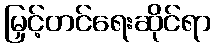
မြှင့်တင်ရေးဆိုင်ရာ